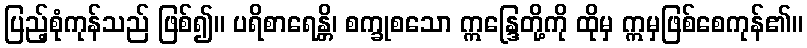
ပြည့်စုံကုန်သည် ဖြစ်၍။ ပရိစာရေန္တိ၊ စက္ခုစသော ဣန္ဒြေတို့ကို ထိုမှ ဣမှဖြစ်စေကုန်၏။